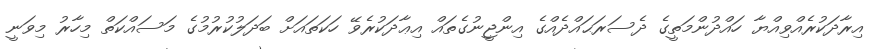
އިރާދަކުރެއްވިއްޔާ ހައްދުންމަތީގެ ދެސަރަޙައްދެއްގެ އިންޖީނުގެތައް އިޢާދަކުރެވޭ ހަކަތައަށް ބަދަލުކުރުމުގެ މަސައްކަތް މިހާރު މިވަނީ